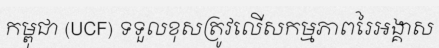
កម្ពុជា (UCF) ទទួលខុសត្រូវលើសកម្មភាពរៃអង្គាស